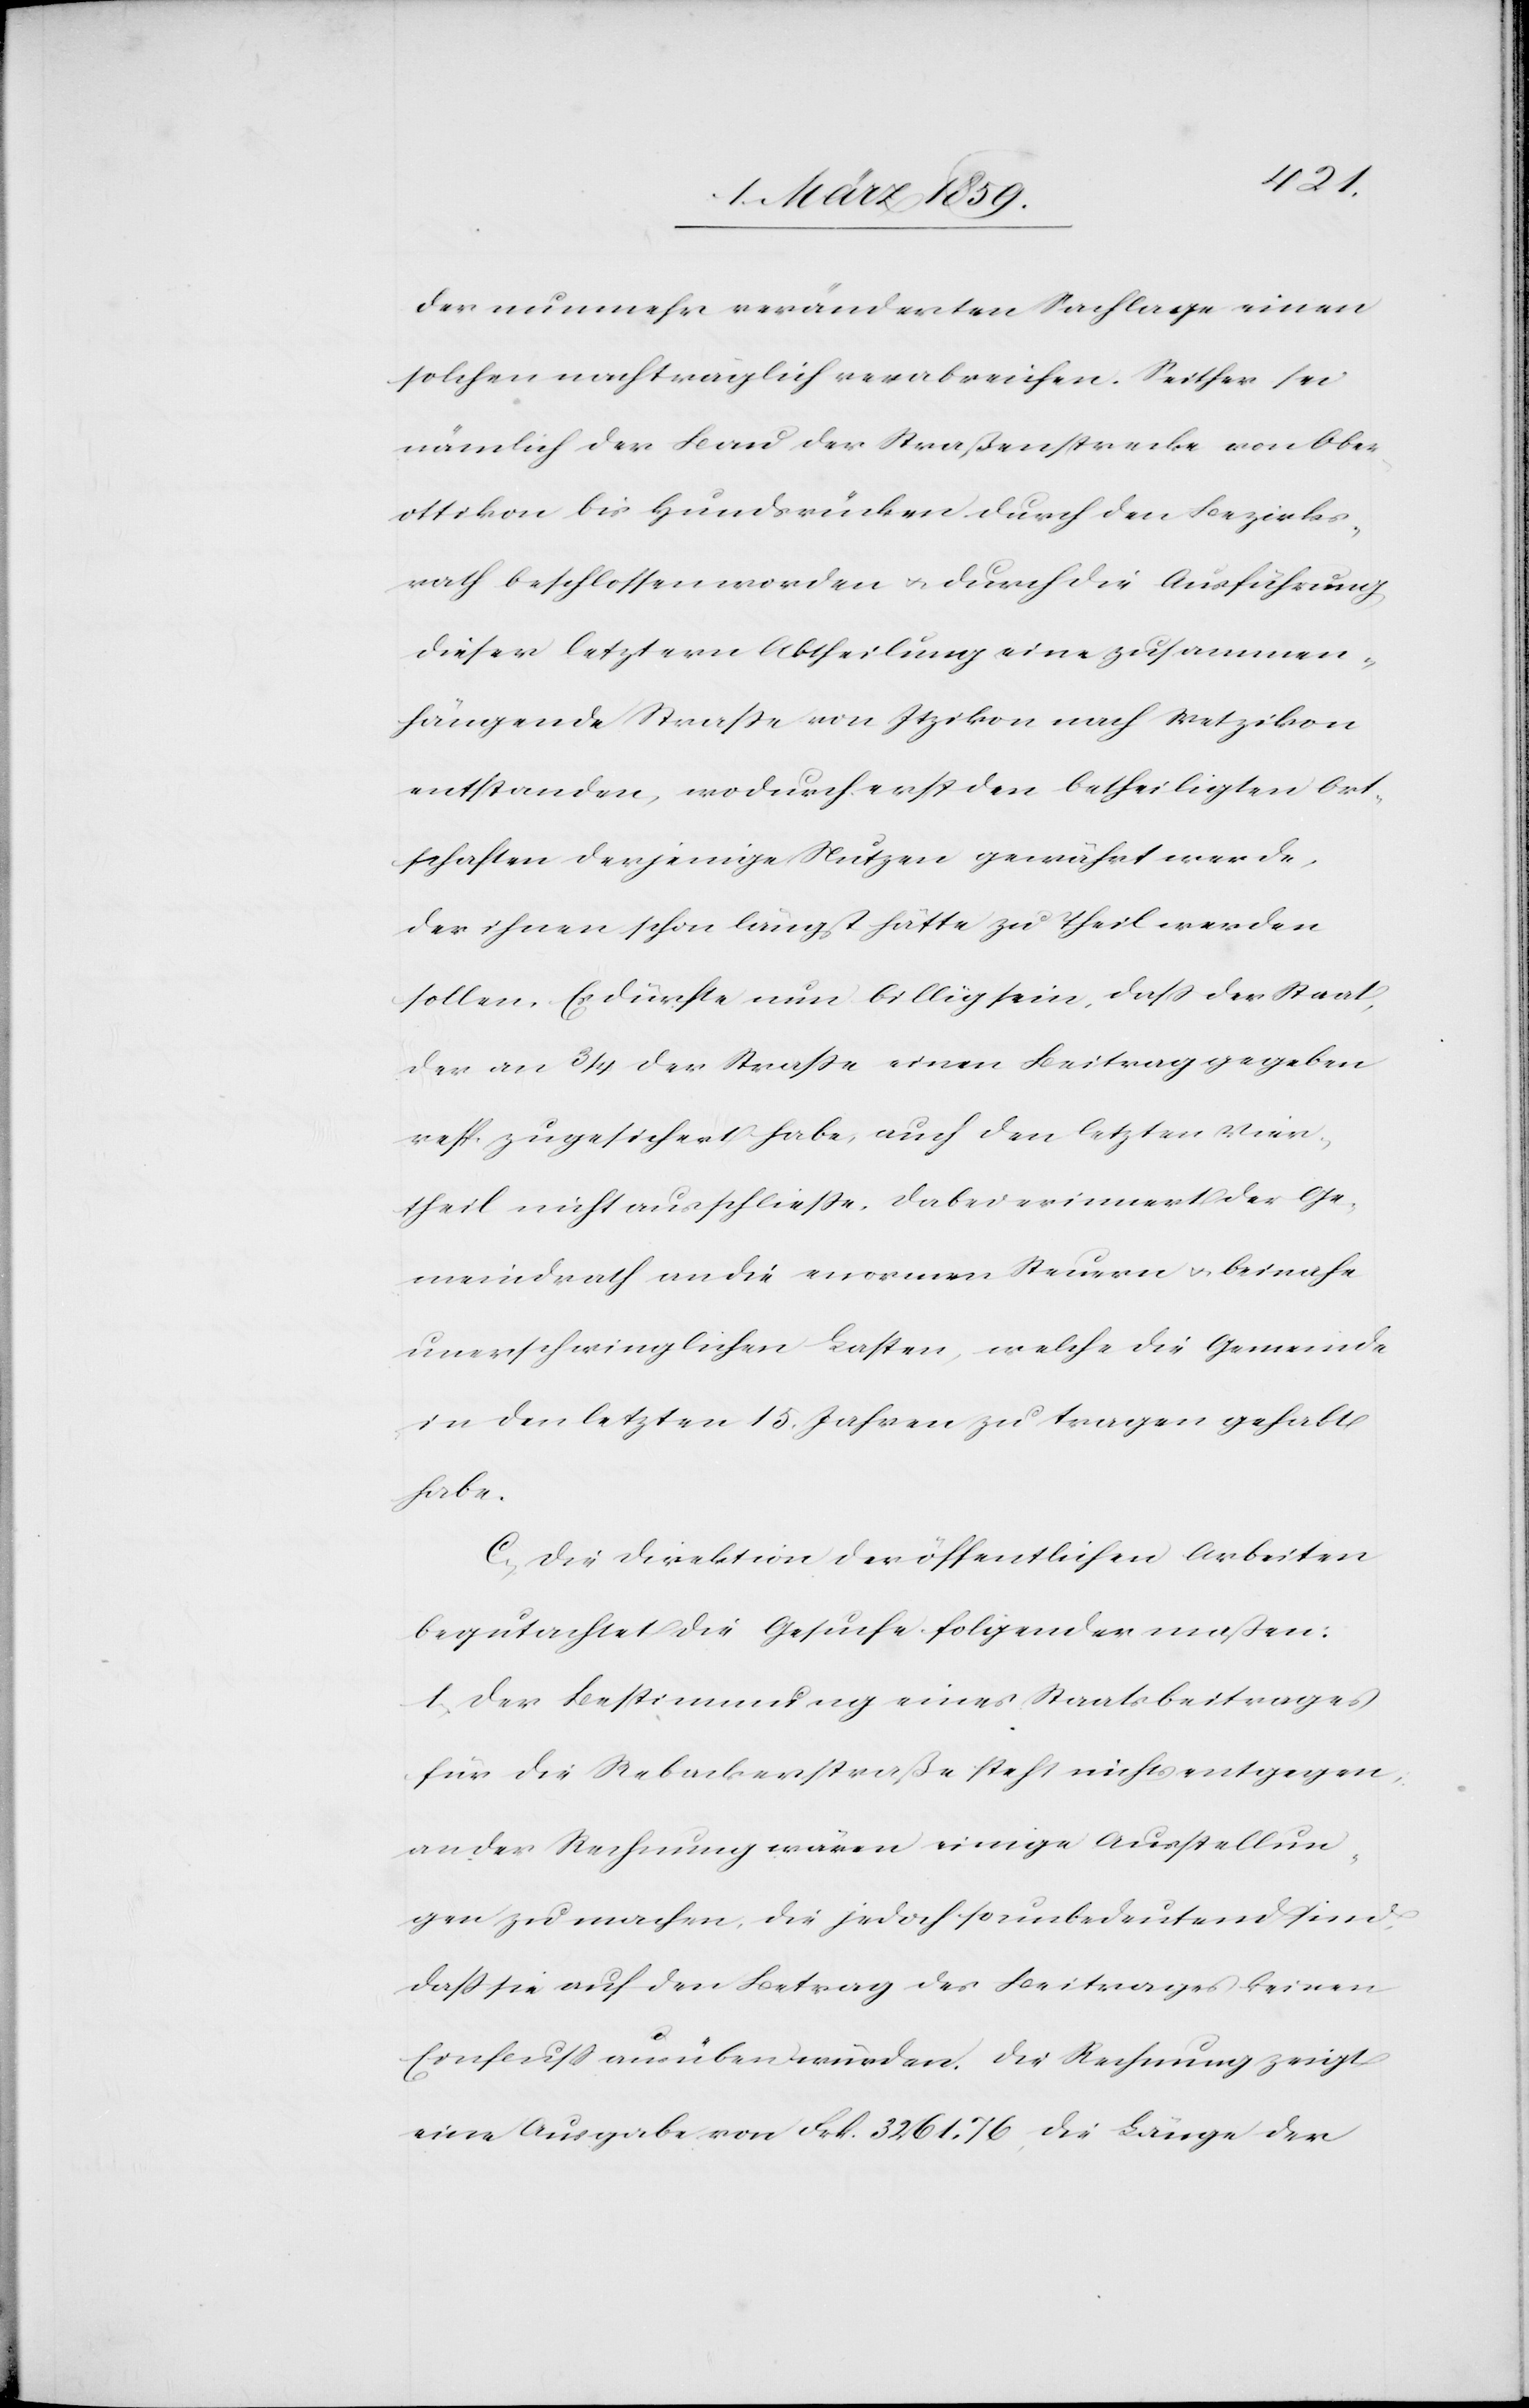
der nunmehr veränderten Sachlage einen
solchen nachträglich verabreichen. Seither sei
nämlich der Bau der Straßenstrecke von Ober¬
ottikon bis Hundsrücken durch den Bezirks¬
rath beschlossen worden u. durch die Ausführung
dieser letztern Abtheilung eine zusammen¬
hängende Straße von Itzikon nach Wetzikon
entstanden, wordurch erst den betheiligten Ort¬
schaften derjenige Nutzen gewährt werde,
der ihnen schon längst hätte zu theil werden
sollen. Es dürfte nun billig sein, daß der Staat,
der an 3/4 der Straße einen Beitrag gegeben
resp. zugesichert habe, auch den letzten Vier¬
theil nicht ausschließe, dabei erinnert der Ge¬
meindrath an die enormen Steuern u. beinahe
unerschwinglichen Lasten, welche die Gemeinde
in den letzten 15. Jahren zu tragen gehabt
habe.
C. Die Direktion der öffentlichen Arbeiten
begutachtet die Gesuche folgendermaßen:
1) Der Bestimmung eines Staatsbeitrages
für die Rebackerstraße steht nichts entgegen,
an der Rechnung wären einige Ausstellun¬
gen zu machen, die jedoch so unbedeutend sind,
daß sie auf den Betrag des Beitrages keinen
Einfluß ausüben würden. Die Rechnung zeigt
eine Ausgabe von Frk. 3261. 76, die Länge der